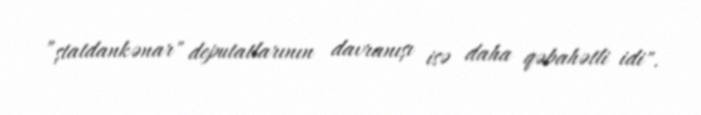
”ştatdankənar" deputatlarının davranışı isə daha qəbahətli idi".